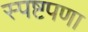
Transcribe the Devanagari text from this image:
स्पष्टपणा